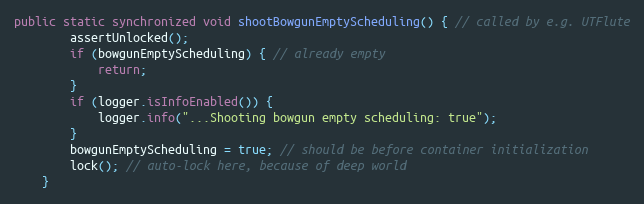
Language: Java
public static synchronized void shootBowgunEmptyScheduling() { // called by e.g. UTFlute
        assertUnlocked();
        if (bowgunEmptyScheduling) { // already empty
            return;
        }
        if (logger.isInfoEnabled()) {
            logger.info("...Shooting bowgun empty scheduling: true");
        }
        bowgunEmptyScheduling = true; // should be before container initialization
        lock(); // auto-lock here, because of deep world
    }